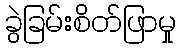
ခွဲခြမ်းစိတ်ဖြာမှု